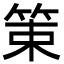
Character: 䇿